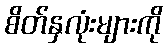
စိတ်နှလုံးများကို